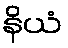
နိယံ